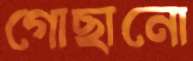
গোছানো